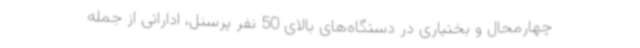
چهارمحال و بختیاری در دستگاه‌های بالای 50 نفر پرسنل، اداراتی از جمله